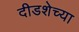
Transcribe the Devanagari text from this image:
दीडशेच्या